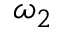
\omega _ { 2 }